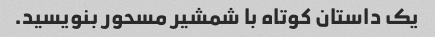
یک داستان کوتاه با شمشیر مسحور بنویسید.